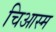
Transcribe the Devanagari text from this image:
चिआस्म